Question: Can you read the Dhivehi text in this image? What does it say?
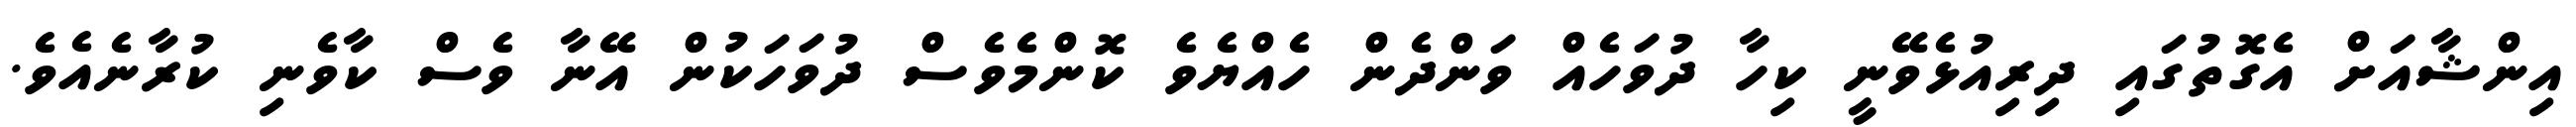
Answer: އިންޝާއަށް އެގޮތުގައި ދިރިއުޅެވޭނީ ކިހާ ދުވަހެއް ވަންދެން ހެއްޔެވެ ކޮންމެވެސް ދުވަހަކުން އޭނާ ވެސް ކާވެނި ކުރާނެއެވެ.